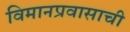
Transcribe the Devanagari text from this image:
विमानप्रवासाची